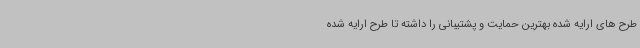
طرح های ارایه شده بهترین حمایت و پشتیبانی را داشته تا طرح ارایه شده